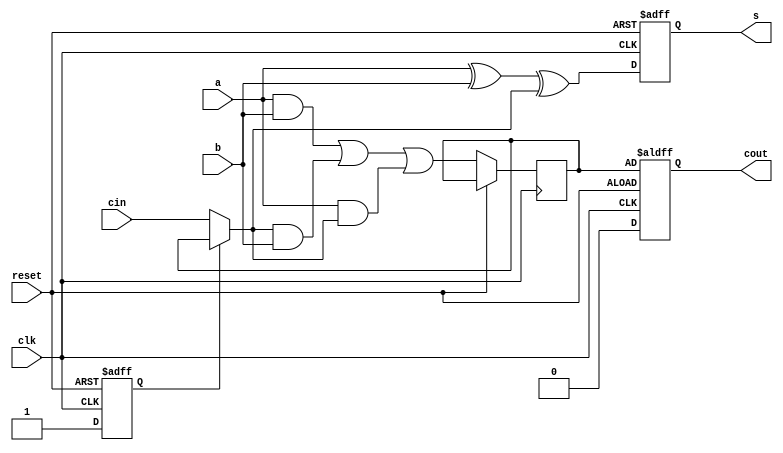
module serial_adder 
    (   input clk,reset,
        input a,b,cin, 
        output reg s,cout  
        );

reg c,flag;

always@(posedge clk or posedge reset)
begin
	if(reset == 1) begin
        s = 0;
        cout = c;
        flag = 0;
    end else begin
        if(flag == 0) begin
            c = cin; 
            flag = 1; 
        end 
        cout = 0;
        s = a ^ b ^ c;
        c = (a & b) | (c & b) | (a & c); 
    end 
end

endmodule